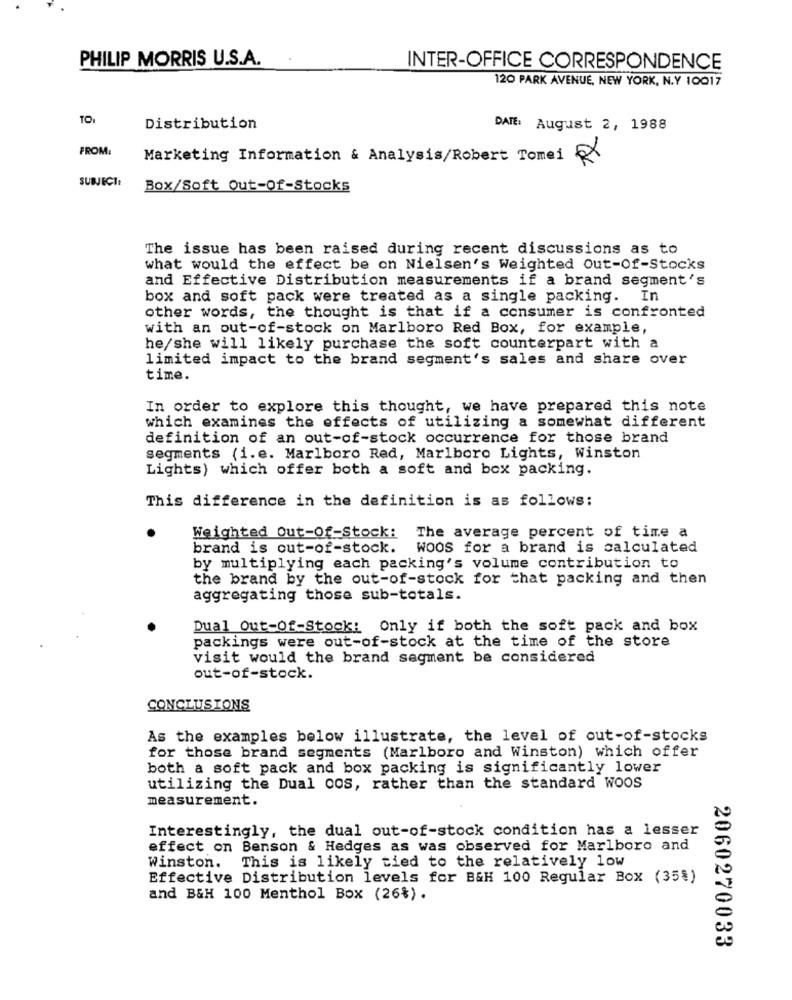
PHILIP MORRIS U.S.A.
INTER-OFFICE CORRESPONDENCE
120 PARK AVENUE, NEW YORK, N.Y 10017
TO:
Distribution
DATE: August 2, 1988
FROM:
Marketing Information & Analysis/Robert Tomei
SUBJECT:
Box/Soft Out-Of-Stocks
The issue has been raised during recent discussions as to
what would the effect be on Nielsen's Weighted Out-Of-Stocks
and Effective Distribution measurements if a brand segment's
box and soft pack were treated as a single packing. In
other words, the thought is that if a consumer is confronted
with an out-of-stock on Marlboro Red Box, for example,
he/she will likely purchase the soft counterpart with a
limited impact to the brand segment's sales and share over
time.
In order to explore this thought, we have prepared this note
which examines the effects of utilizing a somewhat different
definition of an out-of-stock occurrence for those brand
segments (i.e. Marlboro Red, Marlboro Lights, Winston
Lights) which offer both a soft and box packing.
This difference in the definition is as follows:
Weighted Out-Of-Stock: The average percent of time a
brand is out-of-stock. Woos for a brand is calculated
by multiplying each packing's volume contribution to
the brand by the out-of-stock for that packing and then
aggregating those sub-totals.
Dual Out-Of-Stock! Only if both the soft pack and box
packings were out-of-stock at the time of the store
visit would the brand segment be considered
out-of-stock.
CONCLUSIONS
As the examples below illustrate, the level of out-of-stocks
for those brand segments (Marlboro and Winston) which offer
both a soft pack and box packing is significantly lower
utilizing the Dual COS, rather than the standard Woos
measurement.
Interestingly, the dual out-of-stock condition has a lesser
effect on Benson & Hedges as was observed for Marlboro and
This is likely tied to the relatively low
Winston.
Effective Distribution levels for B&H 100 Regular Box (35%)
and B&H 100 Menthol Box (26%) .
2060270033